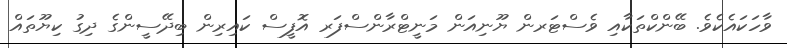
ވާހަކައެކެވެ. ބޭންކްތަކާއި ވެސްޓަރން ޔޫނިއަން މަނީޓްރާންސްފަރ އޮފީސް ކައިރިން ބިދޭސީންގެ ދިގު ކިޔޫތައް